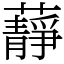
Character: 𧂮